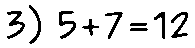
3) 5+7=12